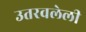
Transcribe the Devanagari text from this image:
उतरवलेली